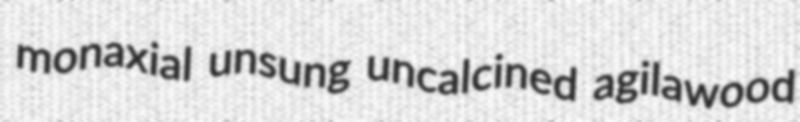
monaxial unsung uncalcined agilawood